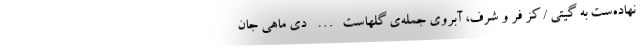
نهاده‌ست به گیتی / کز فرّ و شرف، آبروی جمله‌ی گلهاست… دی ماهی جان